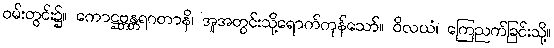
ဝမ်းတွင်း၌။ ကောဋ္ဌဗ္ဘန္တရဂတာနိ၊ အူအတွင်းသို့ရောက်ကုန်သော်။ ဝိလယံ၊ ကြေညက်ခြင်းသို့။